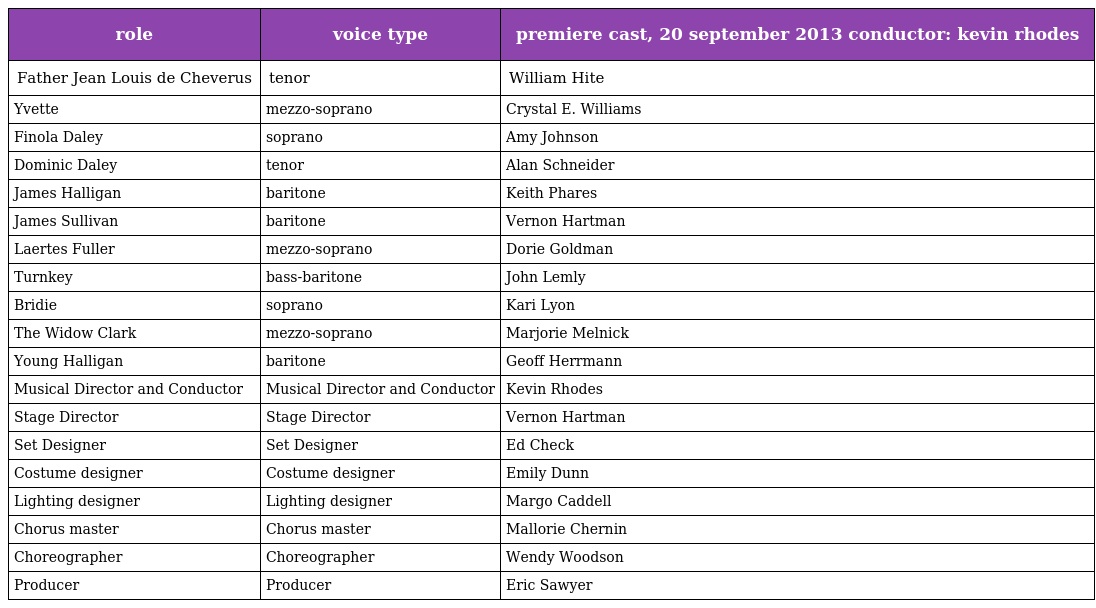
| role | voice type | premiere cast, 20 september 2013 conductor: kevin rhodes |
 | --- | --- | --- |
 | Father Jean Louis de Cheverus | tenor | William Hite |
 | Yvette | mezzo-soprano | Crystal E. Williams |
 | Finola Daley | soprano | Amy Johnson |
 | Dominic Daley | tenor | Alan Schneider |
 | James Halligan | baritone | Keith Phares |
 | James Sullivan | baritone | Vernon Hartman |
 | Laertes Fuller | mezzo-soprano | Dorie Goldman |
 | Turnkey | bass-baritone | John Lemly |
 | Bridie | soprano | Kari Lyon |
 | The Widow Clark | mezzo-soprano | Marjorie Melnick |
 | Young Halligan | baritone | Geoff Herrmann |
 | Musical Director and Conductor | Musical Director and Conductor | Kevin Rhodes |
 | Stage Director | Stage Director | Vernon Hartman |
 | Set Designer | Set Designer | Ed Check |
 | Costume designer | Costume designer | Emily Dunn |
 | Lighting designer | Lighting designer | Margo Caddell |
 | Chorus master | Chorus master | Mallorie Chernin |
 | Choreographer | Choreographer | Wendy Woodson |
 | Producer | Producer | Eric Sawyer |